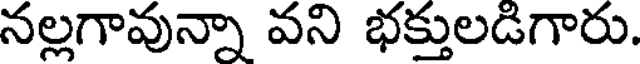
నల్లగావున్నా వని భక్తులడిగారు.